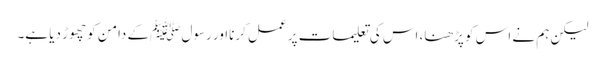
لیکن ہم نے اس کو پڑھنا، اس کی تعلیمات پر عمل کرنااور رسول ﷺکے دامن کو چھوڑ دیا ہے۔